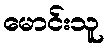
မောင်းသူ